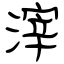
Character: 滓